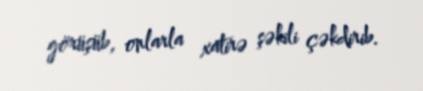
görüşüb, onlarla xatirə şəkili çəkdirib.